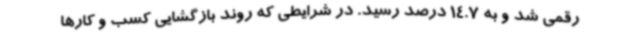
رقمی شد و به 14.7 درصد رسید. در شرایطی که روند بازگشایی کسب و کارها